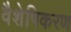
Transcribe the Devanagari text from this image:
वैशेषिकरण